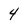
Character: 4